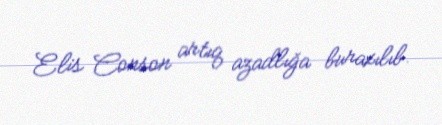
Elis Conson artıq azadlığa buraxılıb.